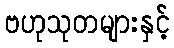
ဗဟုသုတများနှင့်